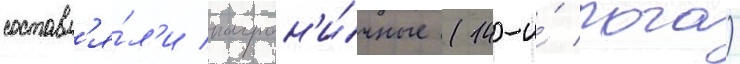
составл'я́л'и погран'и́чные (14-и́ пого)